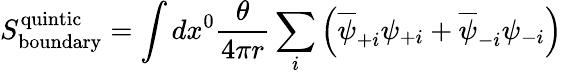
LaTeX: S_{\mathrm{boundary}}^{\mathrm{quintic}}=\int dx^{0}\frac{\theta}{4\pi r}\sum_{i}\left(\overline{{{\psi}}}_{+i}\psi_{+i}+\overline{{{\psi}}}_{-i}\psi_{-i}\right)